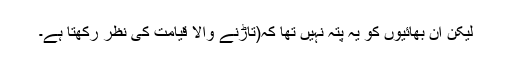
لیکن ان بھائیوں کو یہ پتہ نہیں تھا کہ(تاڑنے والا قیامت کی نظر رکھتا ہے۔